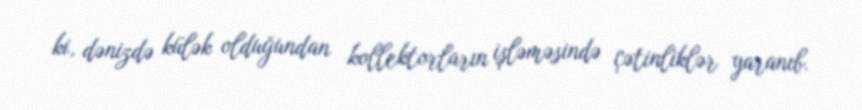
ki, dənizdə külək olduğundan kollektorların işləməsində çətinliklər yaranıb.